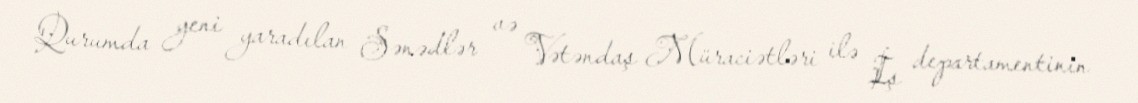
Qurumda yeni yaradılan Sənədlər və Vətəndaş Müraciətləri ilə İş departamentinin